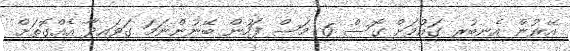
އޭރުން އެނބުރި ގައުމަށް ގޮސް 6 މަސް ފަހުން ބޭނުންނަމަ ގަވައިދާ އެއްގޮތަށް